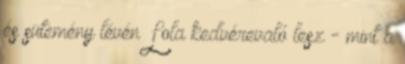
és sütemény lévén Lola kedvérevaló lesz - mint a